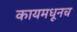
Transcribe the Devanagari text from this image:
कायमधूनच